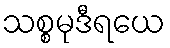
သစ္စမုဒီရယေ